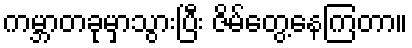
ကမ္ဘာတခုမှာသွားပြီး ဇိမ်တွေ့နေကြတာ။